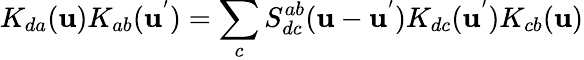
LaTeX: K_{da}(\mathbf{u})K_{ab}(\mathbf{u}^{'})=\sum_{c}S_{dc}^{ab}(\mathbf{u}-\mathbf{u}^{'})K_{dc}(\mathbf{u}^{'})K_{cb}(\mathbf{u})